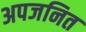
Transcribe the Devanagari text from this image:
अपजनित